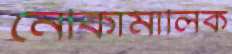
নৌকামালিক